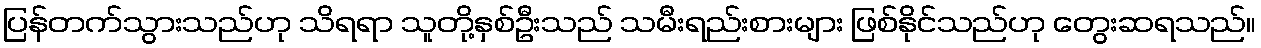
ပြန်တက်သွားသည်ဟု သိရရာ သူတို့နှစ်ဦးသည် သမီးရည်းစားများ ဖြစ်နိုင်သည်ဟု တွေးဆရသည်။